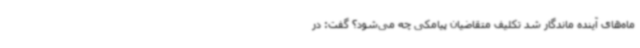
ماه‌های آینده ماندگار شد تکلیف متقاضیان پیامکی چه می‌شود؟ گفت: در